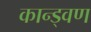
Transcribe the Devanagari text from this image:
कान्ड्वण